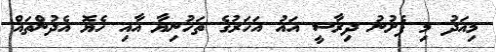
މިއަދު މި ފެށުނު ދިރާސީ އައު އަހަރުގެ ތަހުނިޔާ އާއި ހެޔޮ އެދުންތައް